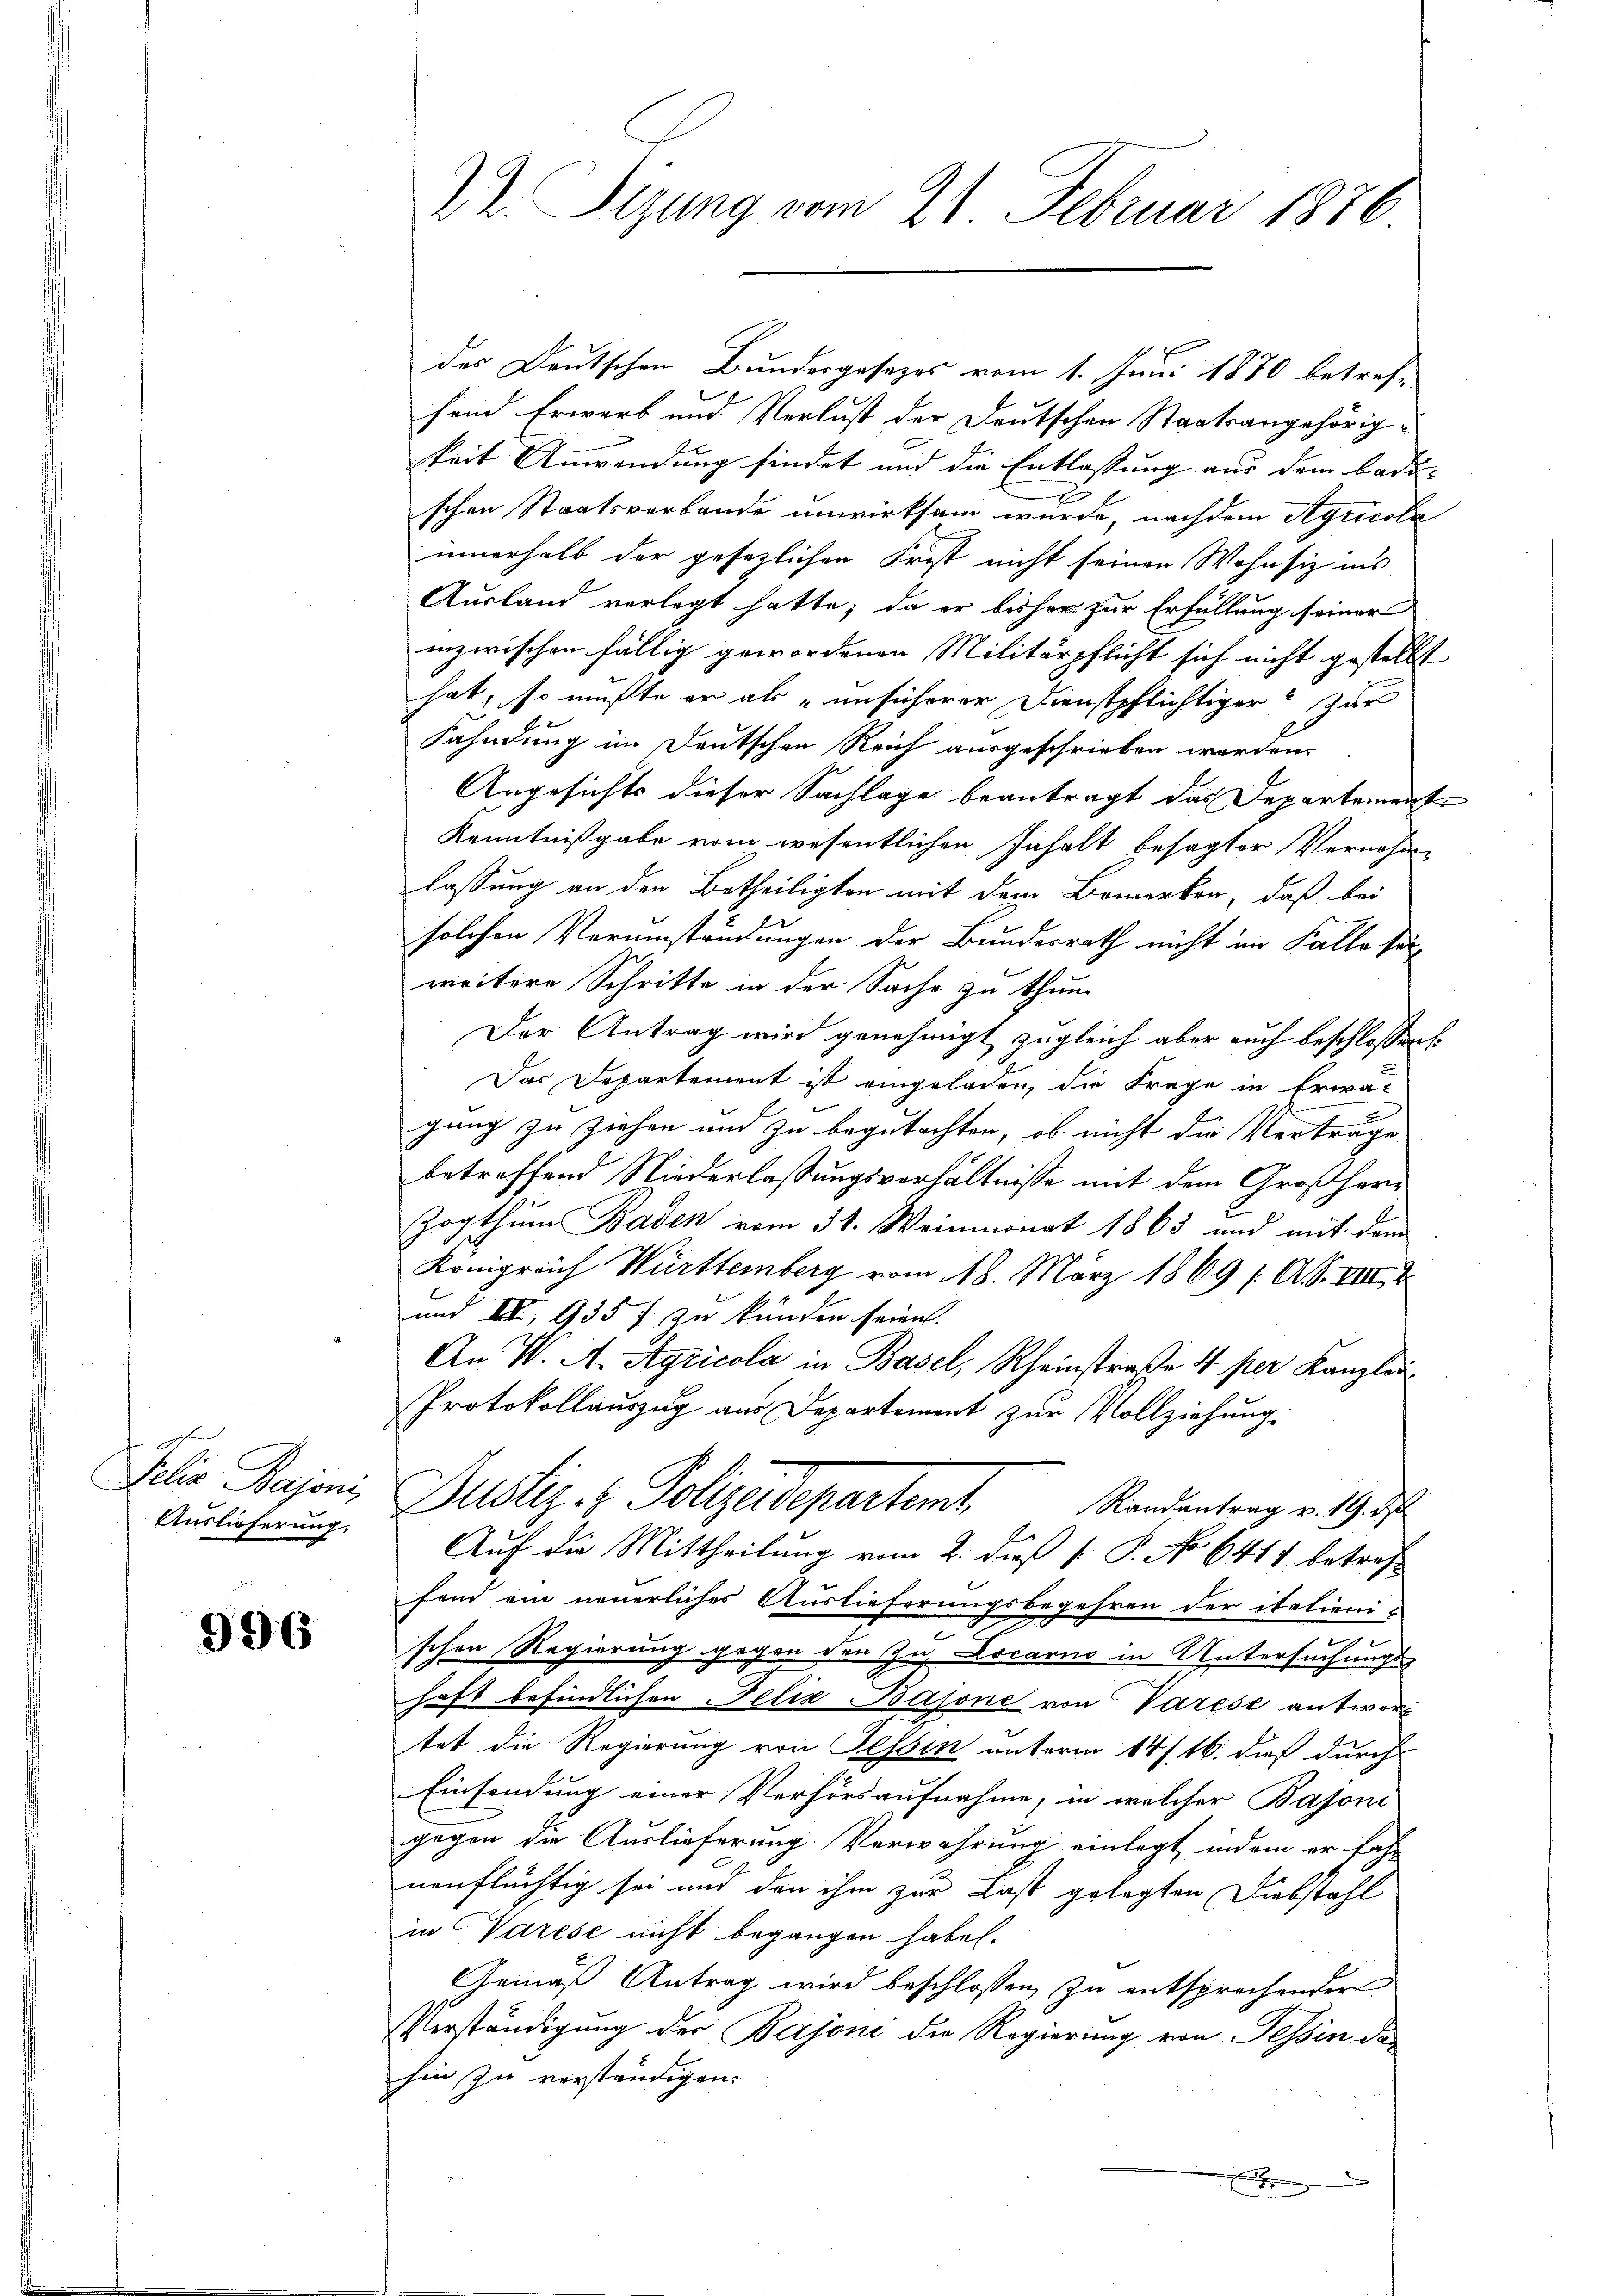
Auslieferung.

996

des Deutschen Bundesgesezes vom 1. Juni 1870 betrefsem Erwerb und Verlust der Deutschen Staatsangehörigkeit Anwendung findet und die Entlassung aus dem Bade-
.
schen Staatsverbande unwirksam würde, nachdem Agricola
innerhalb der gesetzlichen Frist nicht seinen Wohnsiz ins
Ausland verlegt hatte; da er bisher zur Erfüllung seiner
inzwischen fällig gewordenen Militärpflicht sich nicht gestellt
hat, so mußte er als „unsicherer Dienstpflichtiger zur
Kahndung im Deutschen Reich ausgeschrieben worden.
Angesichts dieser Sachlage beantragt das Departement
Kenntnißgabe vom wesentlichen Inhalt besagter Vernehme
lassung an den Betheiligten mit dem Bemerken, daß bei
solchen Verumständungen der Bundesrath nicht im Falle so
weitere Schritte in der Sache zu thun.
Der Antrag wird genehmigt zugleich aber auch beschlossen
Das Departement ist eingeladen, die Frage in Erwä-
gung zu ziehen und zu begutachten, ob nicht die Verträge
betreffend Niederlassungsverhältnisse mit dem Großher¬
Zogthum Baden vom 31. Weinmonat 1863 und mit dem
Königreich Württemberg vom 18. März 1869 /AS. VIII 4
und III, 935 f zu künden seien.
An W. A. Agricola in Basel, Rheinstraße 4 per Kanzlei
Protokollauszug aus Departement zur Vollziehung.
Jelia Bajoni, Justiz- & Polizeidepartemt Randantrag v. Ge
Auf die Mittheilung vom 2. dieß [ P. No 641) betreff
fend ein neuerliches Auslieferungsbegehren der italienie
.
schen Regierung gegen den zu Locarno in Untersuchungs-
haft befindlichen Felix Bajone von Varese antwort
tet die Regierung von Tessin unterm 14/16. dieß durch
Einsendung einer Verhörsaufnahme, in welcher Bajoni
gegen die Auslieferung Verwahrung einlegt, indem er fah-
nenflüchtig sei und den ihm zur Last gelegten Diebstahl
in Varese nicht begangen habe.
Gemäß Antrag wird beschlossen, zu entsprechender
Verständigung der Bajoni die Regierung von Tessin das
hin zu verständigen.
a

22 Tizung vom 21 Februar 1876